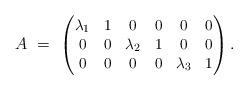
LaTeX: \begin{align*}A \,\, = \,\, \begin{small} \begin{pmatrix} \lambda_1 & 1 & 0 & 0 & 0 & 0 \\0 & 0 & \lambda_2 & 1 & 0 & 0 \\0 & 0 & 0 & 0 & \lambda_3 & 1 \end{pmatrix} . \end{small} \end{align*}